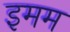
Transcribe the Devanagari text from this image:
इमम